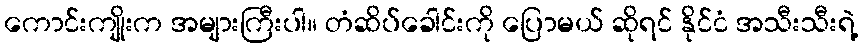
ကောင်းကျိုးက အများကြီးပါ။ တံဆိပ်ခေါင်းကို ပြောမယ် ဆိုရင် နိုင်ငံ အသီးသီးရဲ့